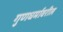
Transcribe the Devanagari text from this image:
गुणधर्मावरील